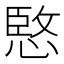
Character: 𫺮